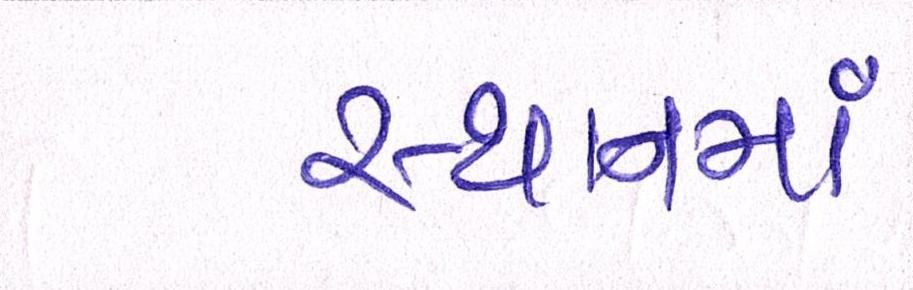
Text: સ્થાનમાં